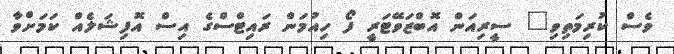
ވެސް ކުރިމަތިވި" ސީރިއަން އޮބްޒަވޭޓަރީ ފޯ ހިއުމަން ރައިޓްސްގެ އިސް އޮފިޝަލެއް ކަމަށްވާ